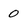
Character: 0